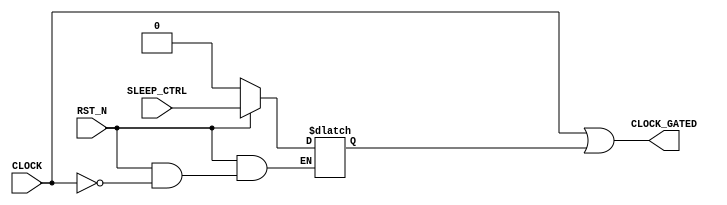

module GATED_OR(
	// Input signals
	CLOCK,
	SLEEP_CTRL,
	RST_N,
	// Output signals
	CLOCK_GATED
);
//---------------------------------------------------------------------
//   INPUT AND OUTPUT DECLARATION                         
//---------------------------------------------------------------------
input		CLOCK, SLEEP_CTRL, RST_N;
output		CLOCK_GATED;


//---------------------------------------------------------------------
//   WIRE AND REG DECLARATION                             
//---------------------------------------------------------------------
reg latch_or_sleep;


//---------------------------------------------------------------------
//   CLOCK GATING IMPLEMENTATION                         
//---------------------------------------------------------------------
always@(*) begin
	if (!RST_N)
		latch_or_sleep = 'd0;
	else if (CLOCK)
		latch_or_sleep = SLEEP_CTRL;
end

assign CLOCK_GATED = CLOCK | latch_or_sleep;

endmodule